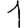
Digit: 1